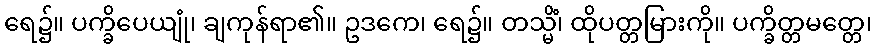
ရေ၌။ ပက္ခိပေယျုံ၊ ချကုန်ရာ၏။ ဥဒကေ၊ ရေ၌။ တသ္မိံ၊ ထိုပတ္တမြားကို။ ပက္ခိတ္တမတ္တေ၊